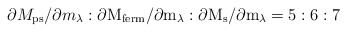
\begin{align*}\partial M_{\rm ps} / \partial m_\lambda : \partial\rm M_{ferm} / \partial m_\lambda : \partial M_{\rm s} / \partial m_\lambda = 5:6:7\end{align*}